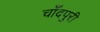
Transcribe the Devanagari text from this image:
चाँदपुरी